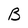
Character: B